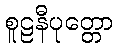
စူဠနီပုတ္တော